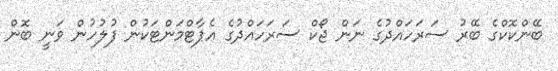
ބޭންކޮކްގެ ބޭރު ސަރަހައްދުގެ ނަން ޖޯކް ސަރަހައްދުގެ އެޕާޓްމަންޓަކުން ފުލުހުން ވަނީ ބޮން